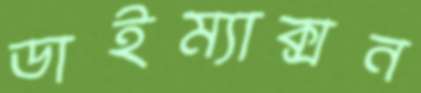
ডাইম্যাক্সন